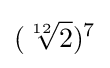
({\sqrt[{12}]{2}})^{7}